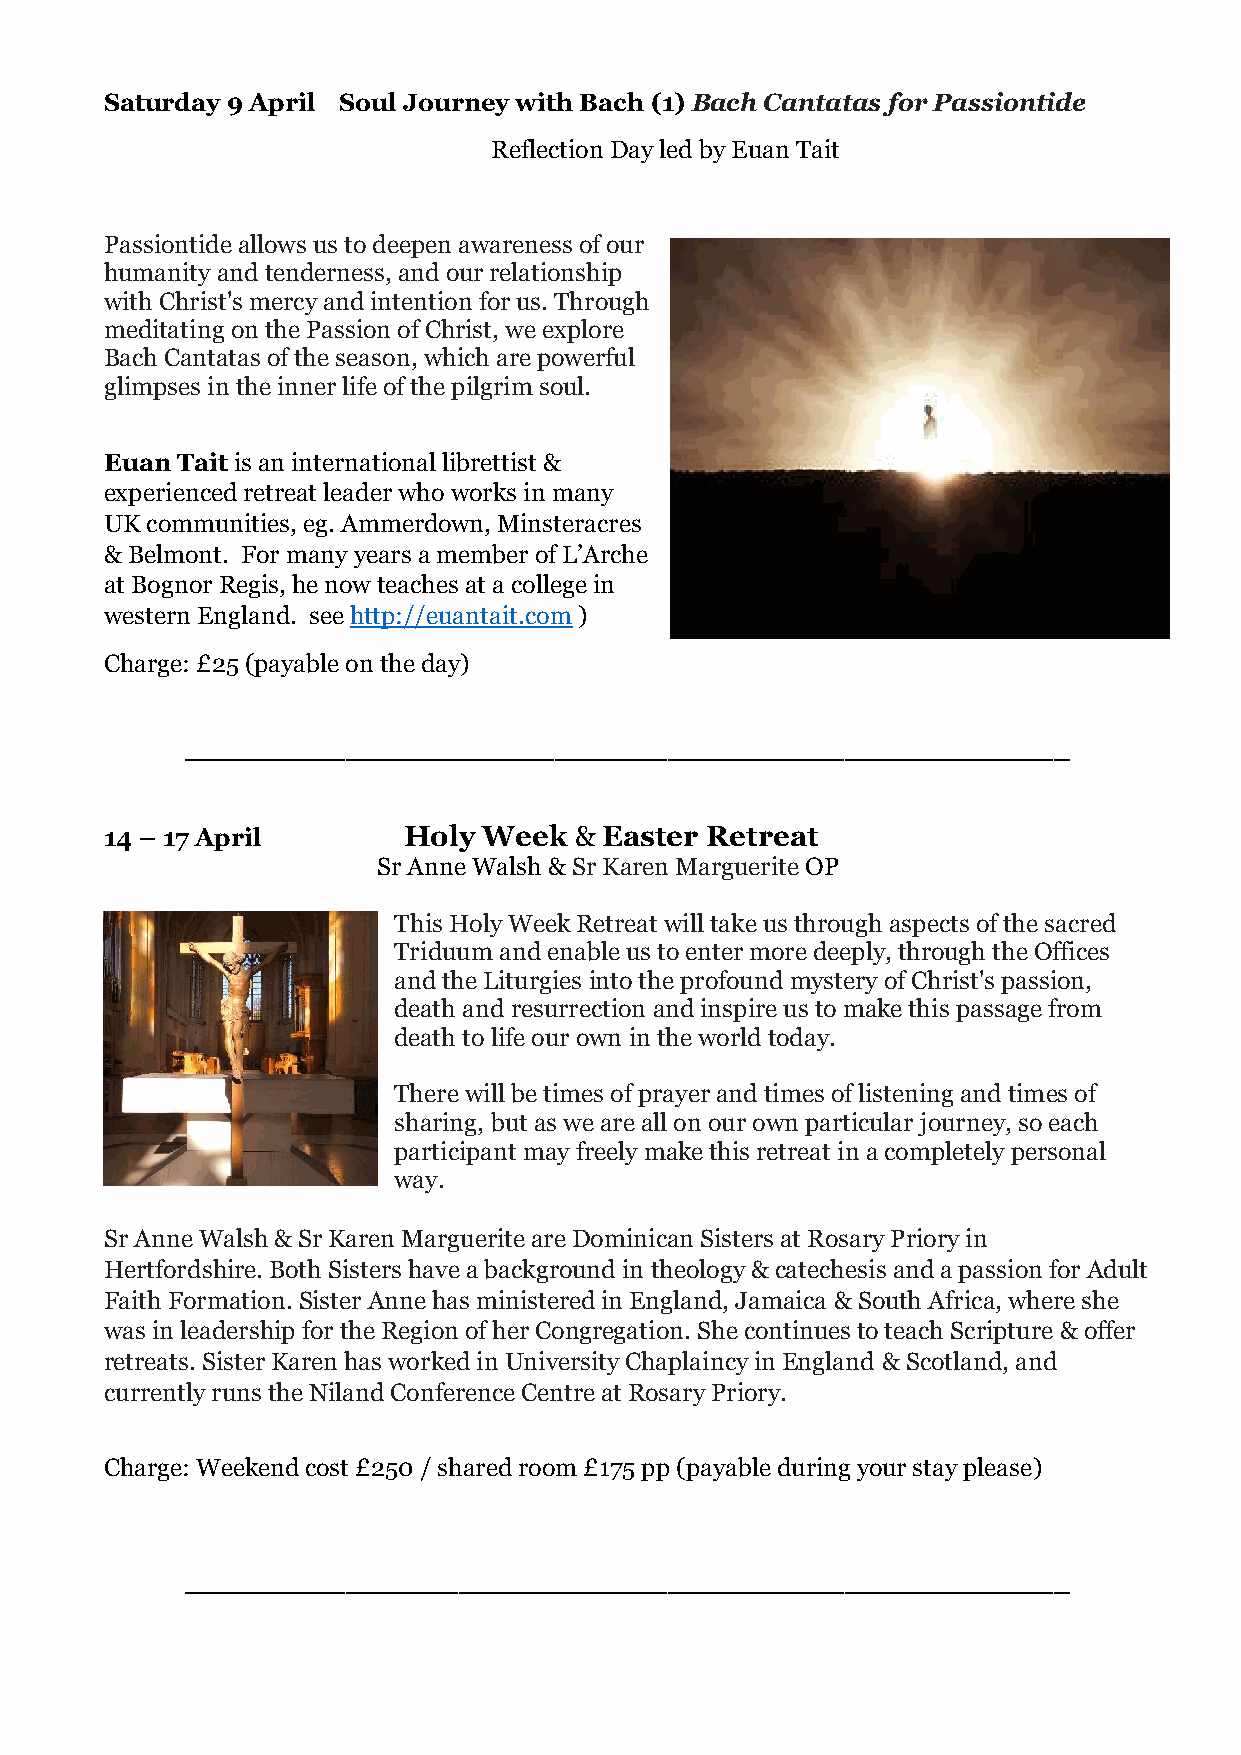
Saturday 9 April Soul Journey with Bach (1) Bach Cantatas for Passiontide
 Reflection Day led by Euan Tait
 Passiontide allows us to deepen awareness of our
 humanity and tenderness, and our relationship
 with Christ's mercy and intention for us. Through
 meditating on the Passion of Christ, we explore
 Bach Cantatas of the season, which are powerful
 glimpses in the inner life of the pilgrim soul.
 Euan Tait is an international librettist &
 experienced retreat leader who works in many
 UK communities, eg. Ammerdown, Minsteracres
 & Belmont. For many years a member of L’Arche
 at Bognor Regis, he now teaches at a college in
 western England. see http://euantait.com )
 Charge: £25 (payable on the day)
 _______________________________________________________
 14 – 17 April       Holy Week  & Easter Retreat
 Sr Anne Walsh & Sr Karen Marguerite OP
 This Holy Week Retreat will take us through aspects of the sacred
 Triduum and enable us to enter more deeply, through the Offices
 and the Liturgies into the profound mystery of Christ's passion,
 death and resurrection and inspire us to make this passage from
 death to life our own in the world today.
 There will be times of prayer and times of listening and times of
 sharing, but as we are all on our own particular journey, so each
 participant may freely make this retreat in a completely personal
 way.
 Sr Anne Walsh & Sr Karen Marguerite are Dominican Sisters at Rosary Priory in
 Hertfordshire. Both Sisters have a background in theology & catechesis and a passion for Adult
 Faith Formation. Sister Anne has ministered in England, Jamaica & South Africa, where she
 was in leadership for the Region of her Congregation. She continues to teach Scripture & offer
 retreats. Sister Karen has worked in University Chaplaincy in England & Scotland, and
 currently runs the Niland Conference Centre at Rosary Priory.
 Charge: Weekend cost £250 / shared room £175 pp (payable during your stay please)
 _______________________________________________________